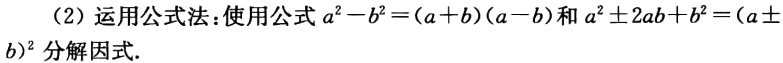
（2）运用公式法：使用公式\(a^{2}-b^{2}=(a + b)(a - b)\)和\(a^{2}\pm2ab + b^{2}=(a\pm b)^{2}\)分解因式.